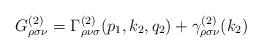
LaTeX: \begin{align*}G_{\rho \sigma \nu }^{(2)}=\Gamma _{\rho \nu \sigma}^{(2)}(p_1,k_2,q_2)+\gamma _{\rho \sigma \nu }^{(2)}(k_2)\end{align*}